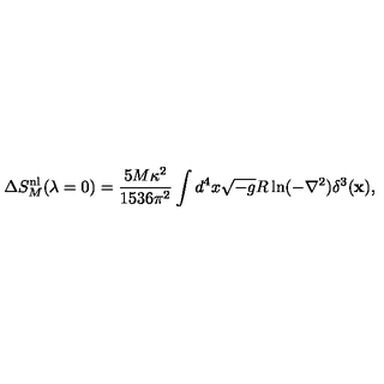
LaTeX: \Delta S _ { M } ^ { \mathrm { n l } } ( \lambda = 0 ) = \frac { 5 M \kappa ^ { 2 } } { 1 5 3 6 \pi ^ { 2 } } \int d ^ { 4 } x \sqrt { - g } R \ln ( - \nabla ^ { 2 } ) \delta ^ { 3 } ( { \bf x } ) ,